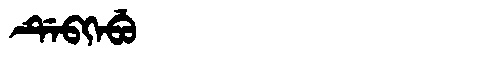
Manchu: ᡩᡝᠪᡴᡝᠪᡠ
Romanization: DEBKEBU